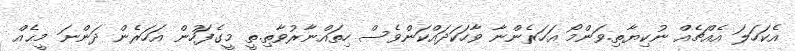
އެކަހަލަ އެއްޗެއް ނުކިޔާތި.ވަންމޯ އަހަރެންނާ ވާހަކަދައްކަންވެސް ހިތައްނާރުވާތި.ތީ މީގެފަހުން އަހަރެން ދަންނަ މީޙެއް